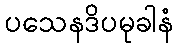
ပသေနဒိပမုခါနံ